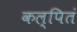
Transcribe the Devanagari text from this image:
कल्पितं